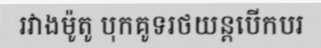
រវាងម៉ូតូ បុកគូទរថយន្តបើកបរ